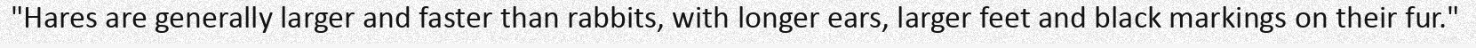
"Hares are generally larger and faster than rabbits, with longer ears, larger feet and black markings on their fur."